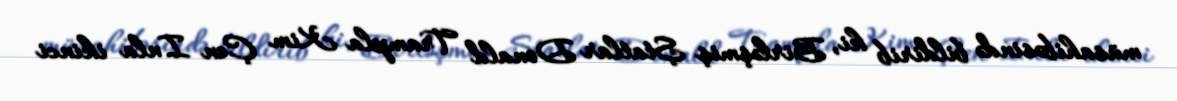
müsahibəsində bildirib ki, Birləşmiş Ştatlar Donald Trampla Kim Çen Inla ikinci